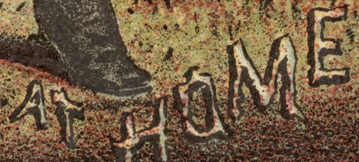
AT HUME